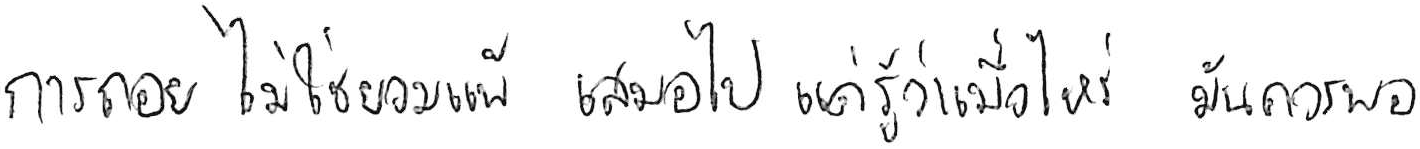
การถอย ไม่ใช่ยอมแพ้ เสมอไป แค่รู้ว่าเมื่อไหร่ มันควรพอ